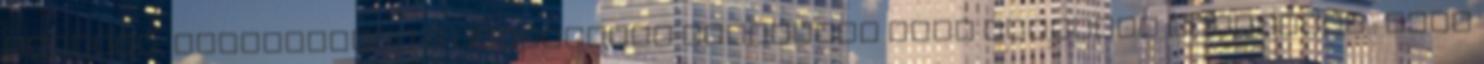
tetszik, kiegészítve a rendszeres mozgással igen hatékony szerintem.: Csak